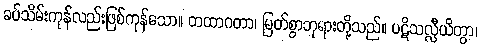
ခပ်သိမ်းကုန်လည်းဖြစ်ကုန်သော။ တထာဂတာ၊ မြတ်စွာဘုရားတို့သည်။ ပဋိသလ္လီယိတွာ၊